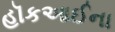
હૉકઆઈના